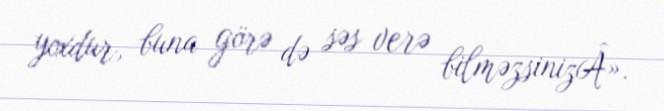
yoxdur, buna görə də səs verə bilməzsinizÂ».